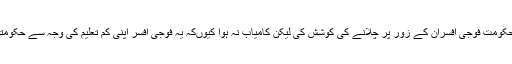
ایوب خان نے پہلے پہل اپنی حکومت فوجی افسران کے زور پر چلانے کی کوشش کی لیکن کامیاب نہ ہوا کیوںکہ یہ فوجی افسر اپنی کم تعلیم کی وجہ سے حکومتی معاملات سےنا واقف تھے۔